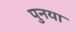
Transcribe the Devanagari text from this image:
पुनया